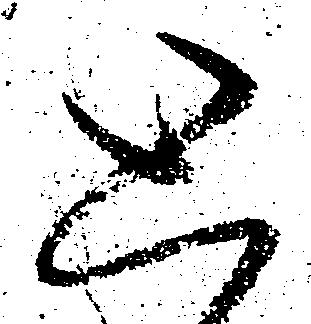
と